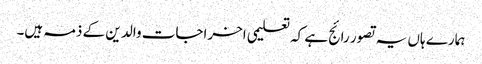
ہمارے ہاں یہ تصور رائج ہے کہ تعلیمی اخراجات والد ین کے ذمہ ہیں۔